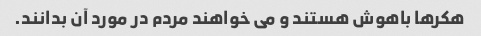
هکرها باهوش هستند و می خواهند مردم در مورد آن بدانند.